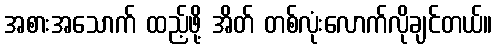
အစားအသောက် ထည့်ဖို့ အိတ် တစ်လုံးလောက်လိုချင်တယ်။